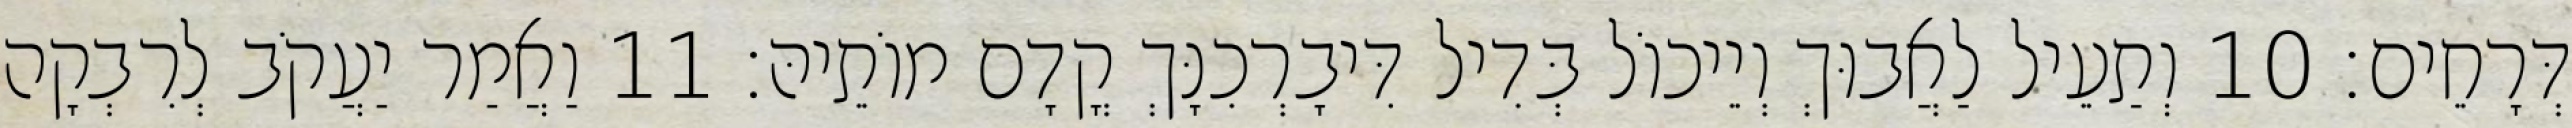
דְּרָחֵים׃ 10 וְתַעֵיל לַאֲבוּךְ וְיֵיכוֹל בְּדִיל דִּיבָרְכִנָּךְ קֳדָם מוֹתֵיהּ׃ 11 וַאֲמַר יַעֲקֹב לְרִבְקָה